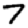
Digit: 7